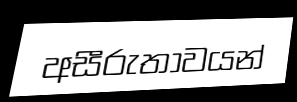
අසීරුතාවයන්